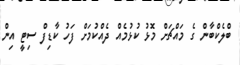
ބްލެކްބާން ގެ މައްޗަށް މޮޅު ކުޅުމެއް ދެއްކުމަށް ފަހު ކާޑިފް ސިޓީ އިން